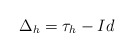
\begin{align*}\Delta_h = {\tau_{h} - Id}\end{align*}